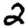
Digit: 2